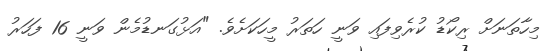
މިހާތަނަށް ރިކޯޑު ކުރެވިފައި ވަނީ ހަތަރު މީހަކަށެވެ. "އަޅުގަނޑުމެން ވަނީ 16 ފަހަރު